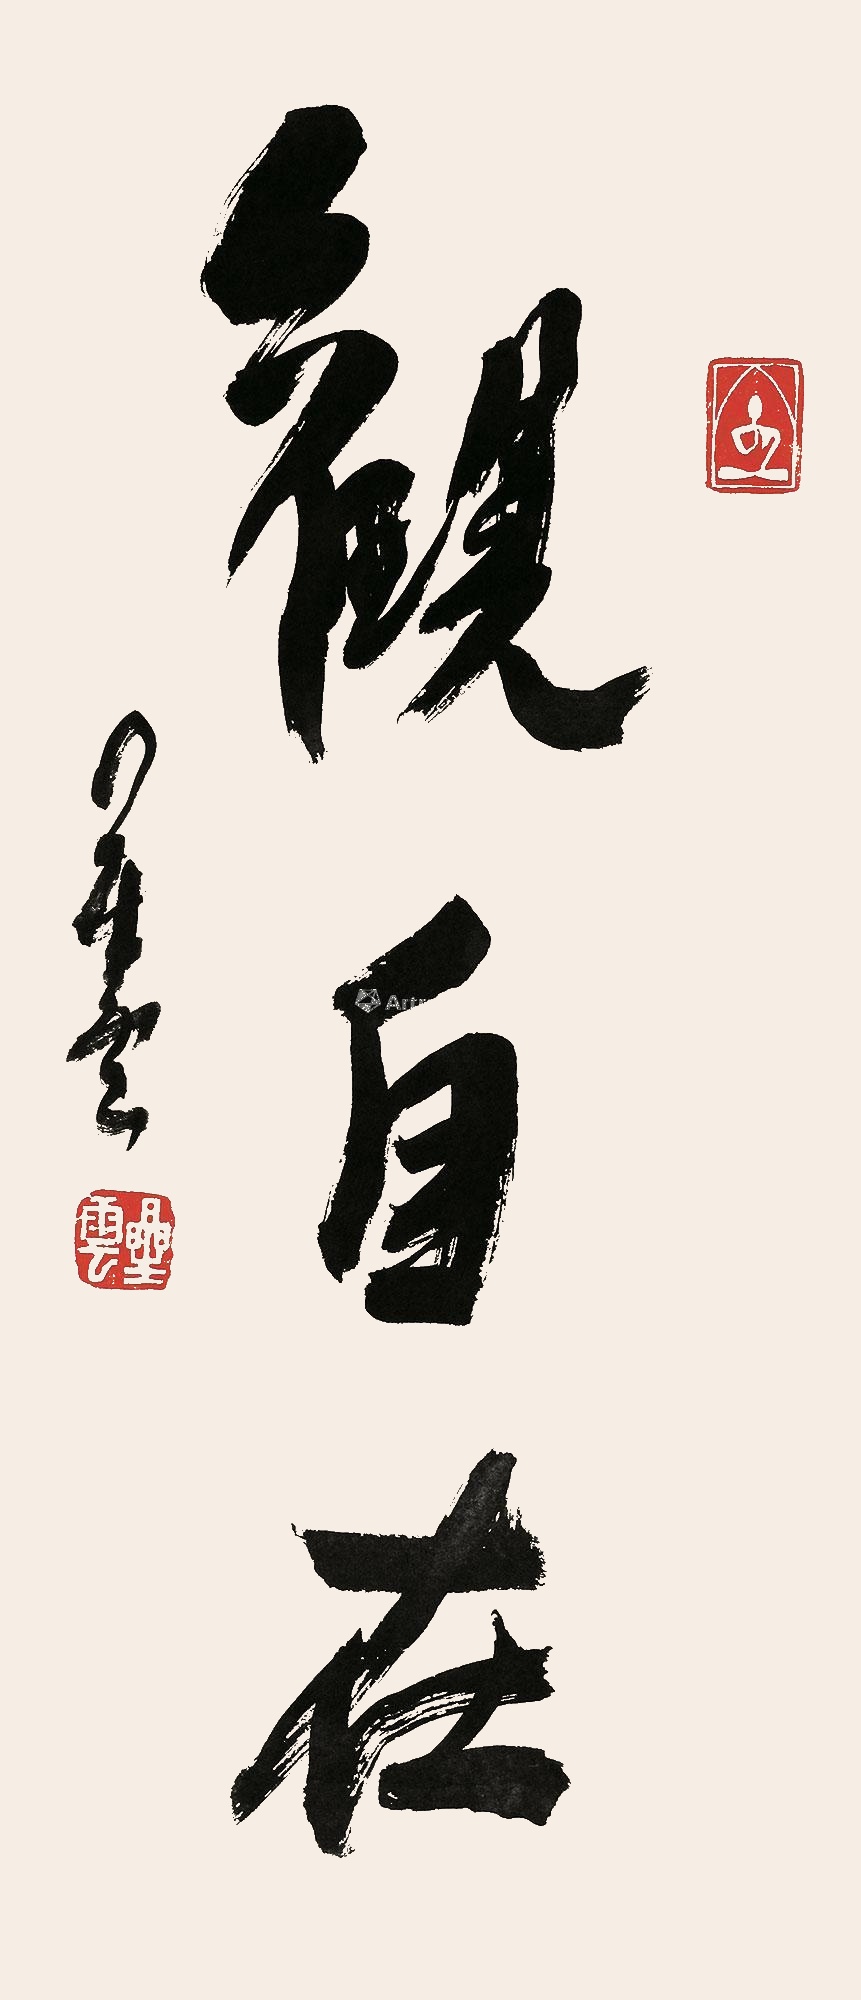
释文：观自在。星云。